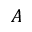
A